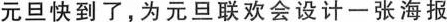
元旦快到了，为元旦联欢会设计一张海报